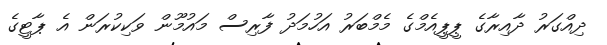
ދިއްގަރު ދާއިރާގެ ޕީޕީއެމްގެ މެމްބަރު އަހުމަދު ފާރިސް މައުމޫން ވަކިކުރަން އެ ޕާޓީގެ